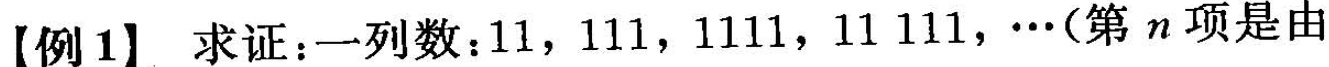
【例1】求证：一列数：11，111，1111，11111，…(第n项是